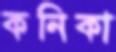
কনিকা